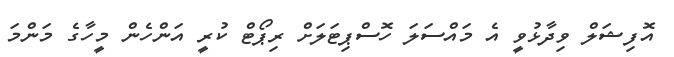
އޮފިޝަލް ވިދާޅުވީ އެ މައްސަލަ ހޮސްޕިޓަލަށް ރިޕޯޓް ކުރީ އަންހެން މީހާގެ މަންމަ